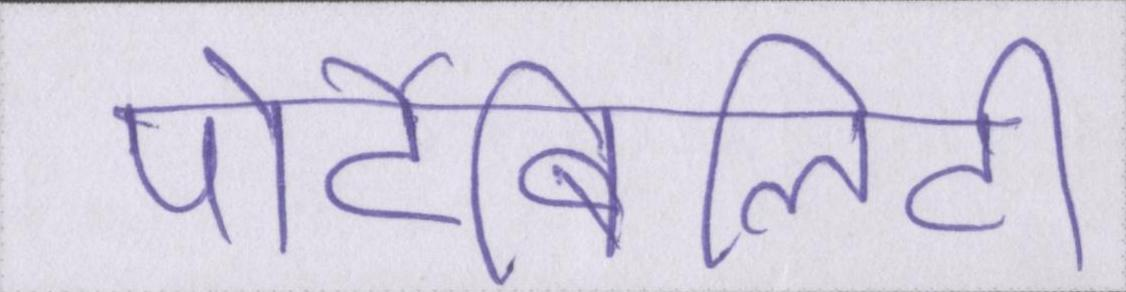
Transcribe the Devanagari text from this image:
पोर्टेबिलिटी